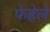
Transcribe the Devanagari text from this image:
फेहेले